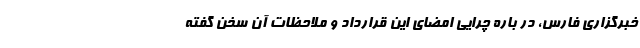
خبرگزاری فارس، در باره چرایی امضای این قرارداد و ملاحظات آن سخن گفته